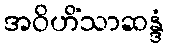
အဝိဟိံသာဆန္ဒံ